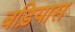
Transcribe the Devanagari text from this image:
बड़ियास